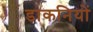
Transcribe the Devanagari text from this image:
डाकनियों